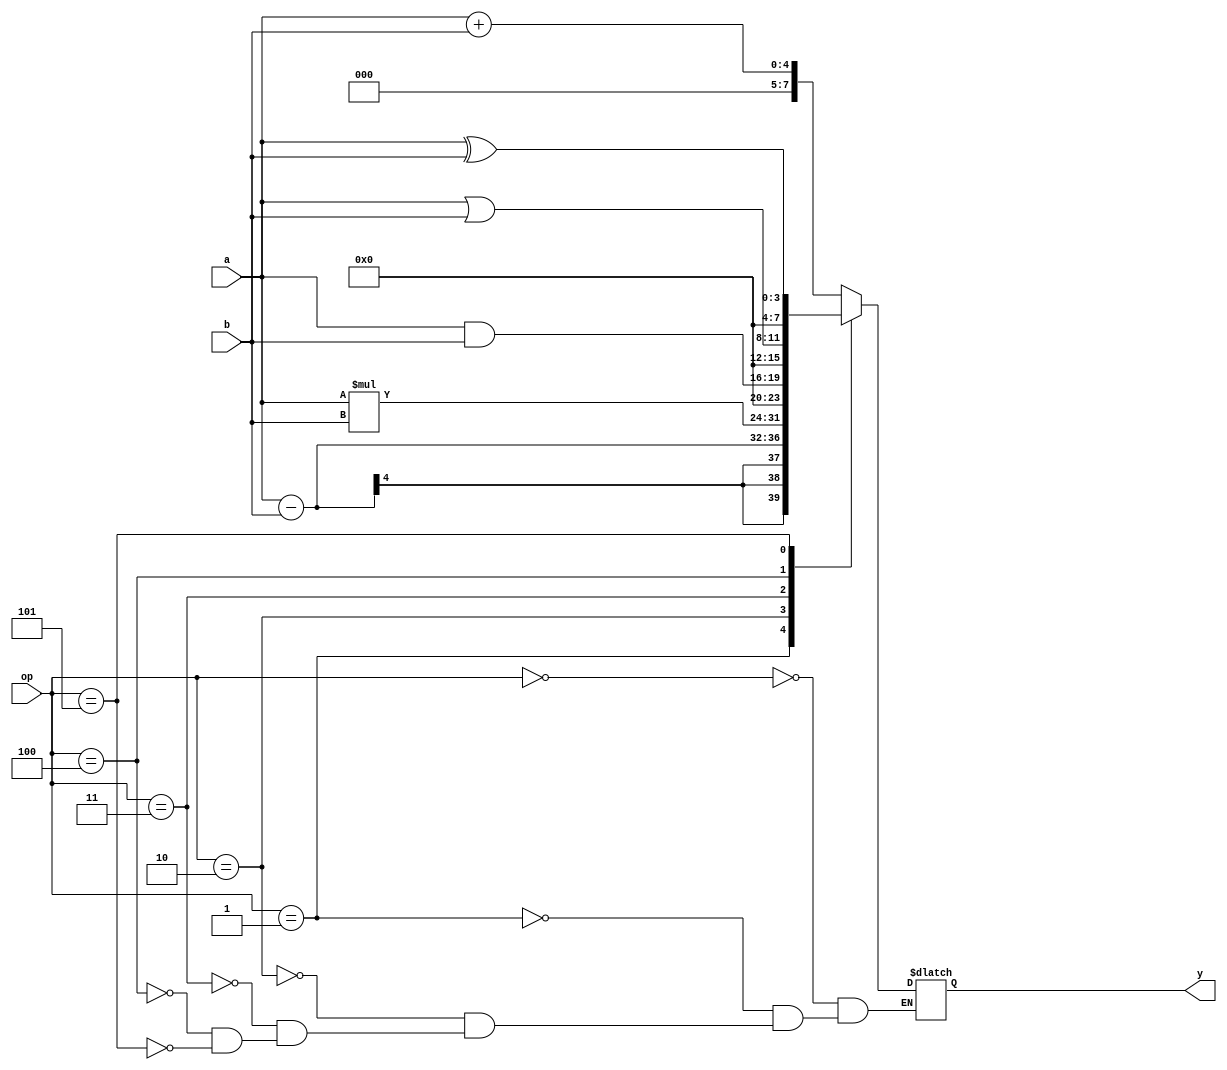
`timescale 1ns / 1ps
module alu(a,b,op,y);
input [3:0]a,b;
input [2:0]op;
output reg [7:0]y;
parameter add=3'b000,
sub=3'b001,
mul=3'b010,
and_=3'b011,
or_=3'b100,
xor_=3'b101;
always @ (a or b or op)
begin
case(op)
add : y=a+b;
sub : y=a-b;
mul : y=a*b;
and_ : y=a&b;
or_ : y=a|b;
xor_ : y=a^b;
endcase
end
endmodule